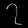
Digit: ၇